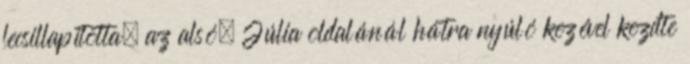
lecsillapította, az alsó, Júlia oldalánál hátra nyúló kezével kezdte